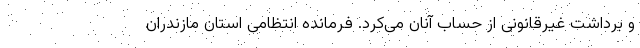
و برداشت غیرقانونی از حساب آنان می‌کرد. فرمانده انتظامی استان مازندران